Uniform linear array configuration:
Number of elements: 4
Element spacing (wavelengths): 0.5
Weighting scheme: kaiser
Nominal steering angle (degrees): -30
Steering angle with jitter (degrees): -28.364
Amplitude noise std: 0.05
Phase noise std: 0.05

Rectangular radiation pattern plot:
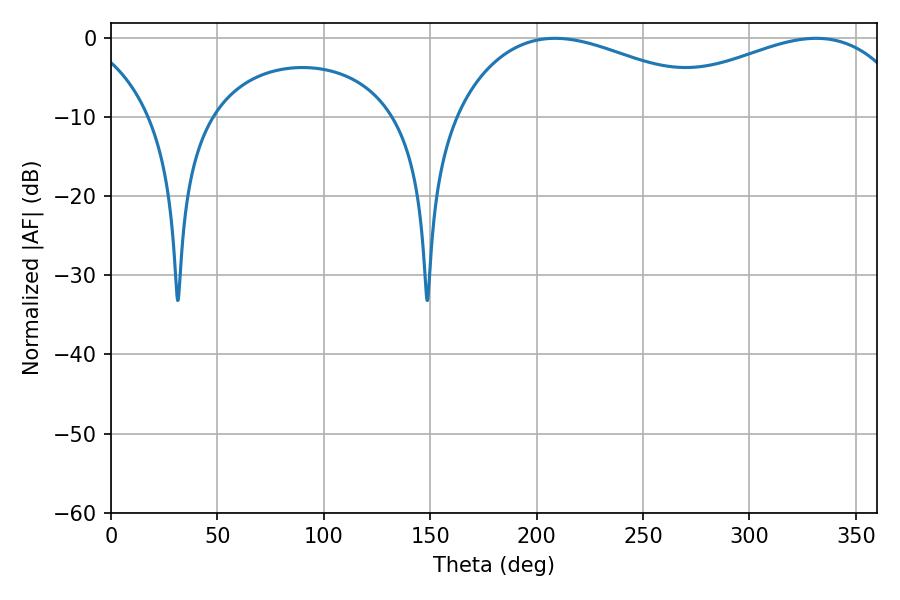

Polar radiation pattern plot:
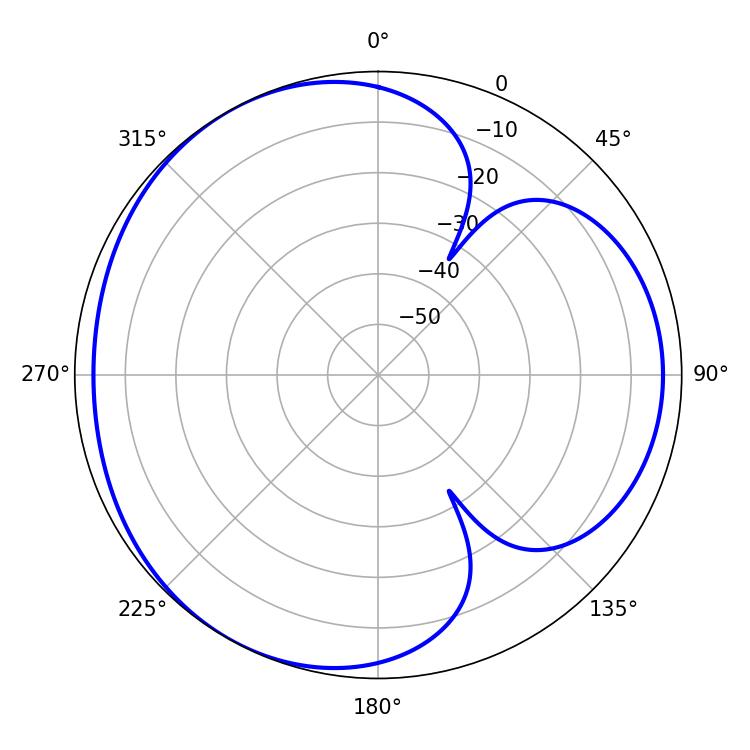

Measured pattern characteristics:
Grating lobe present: FALSE
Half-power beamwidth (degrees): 72
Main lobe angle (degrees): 208.62